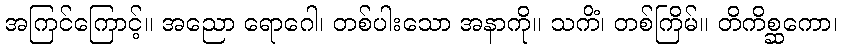
အကြင်ကြောင့်။ အညော ရောဂေါ၊ တစ်ပါးသော အနာကို။ သကိံ၊ တစ်ကြိမ်။ တိကိစ္ဆကော၊